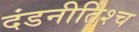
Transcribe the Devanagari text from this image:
दंडनीतिश्च